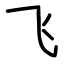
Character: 飞